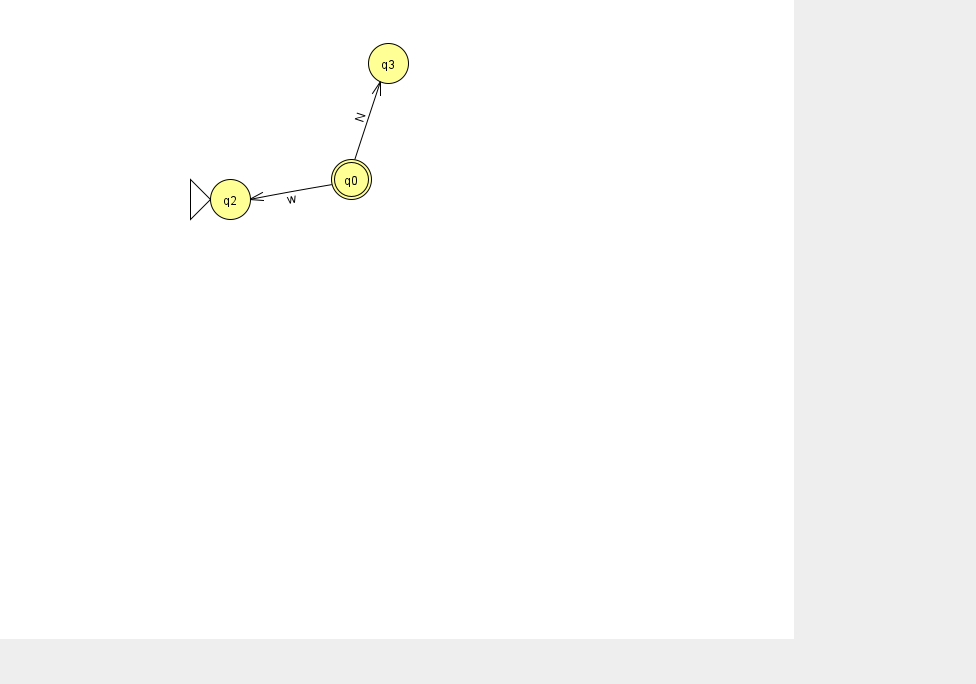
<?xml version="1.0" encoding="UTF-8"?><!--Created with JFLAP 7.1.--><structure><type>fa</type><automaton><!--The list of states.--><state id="0" name="q0"><x>351.0</x><y>166.0</y><final/></state><state id="2" name="q2"><x>230.0</x><y>186.0</y><initial/></state><state id="3" name="q3"><x>388.0</x><y>50.0</y></state><!--The list of transitions.--><transition><from>0</from><to>2</to><read>w</read></transition><transition><from>0</from><to>3</to><read>N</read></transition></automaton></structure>